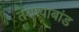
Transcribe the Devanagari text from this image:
तरण्याबांड